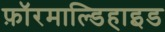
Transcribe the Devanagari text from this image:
फ़ॉरमाल्डिहाइड